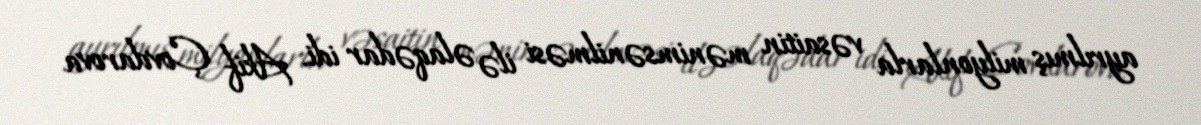
ayrılmış milyonlarla vəsaitin mənimsənilməsi ilə əlaqədar idi. Akif Çovdarova